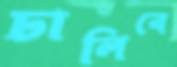
ঢালিবে